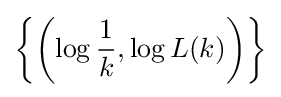
\left\{\left(\log {\frac {1}{k}},\log L(k)\right)\right\}